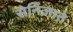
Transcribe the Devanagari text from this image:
सेनिज़ाते